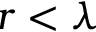
r < \lambda